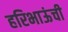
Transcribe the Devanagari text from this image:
हरिभाऊंची